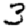
Digit: 3